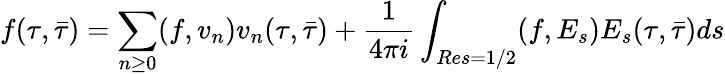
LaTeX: f(\tau,\bar{\tau})=\sum_{n\ge 0}(f,v_{n})v_{n}(\tau,\bar{\tau})+\frac{1}{4\pi i}\int_{Res=1/2}(f,E_{s})E_{s}(\tau,\bar{\tau})ds